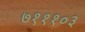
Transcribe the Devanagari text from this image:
७१११०३